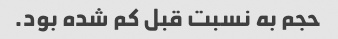
حجم به نسبت قبل کم شده بود.